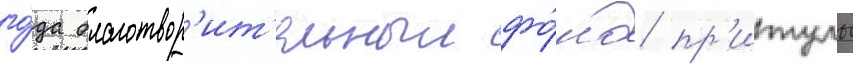
го́да благотвор'ит'ельныи фо́нд пр'итулы